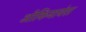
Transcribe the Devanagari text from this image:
ओकिनावंस